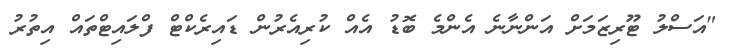
"އަސްލު ޓޫރިޒަމަށް އަންނާނެ އެންމެ ބޮޑު އެއް ކުރިއެރުން ޑައިރެކްޓް ފްލައިޓްތައް އިތުރު